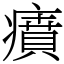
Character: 㿎